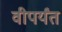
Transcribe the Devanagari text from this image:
वीपर्यंत